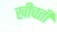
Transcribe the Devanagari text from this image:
खीचती